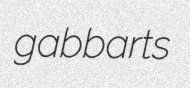
gabbarts